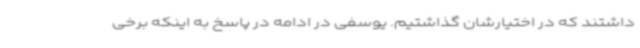
داشتند که در اختیارشان گذاشتیم. یوسفی در ادامه در پاسخ به اینکه برخی